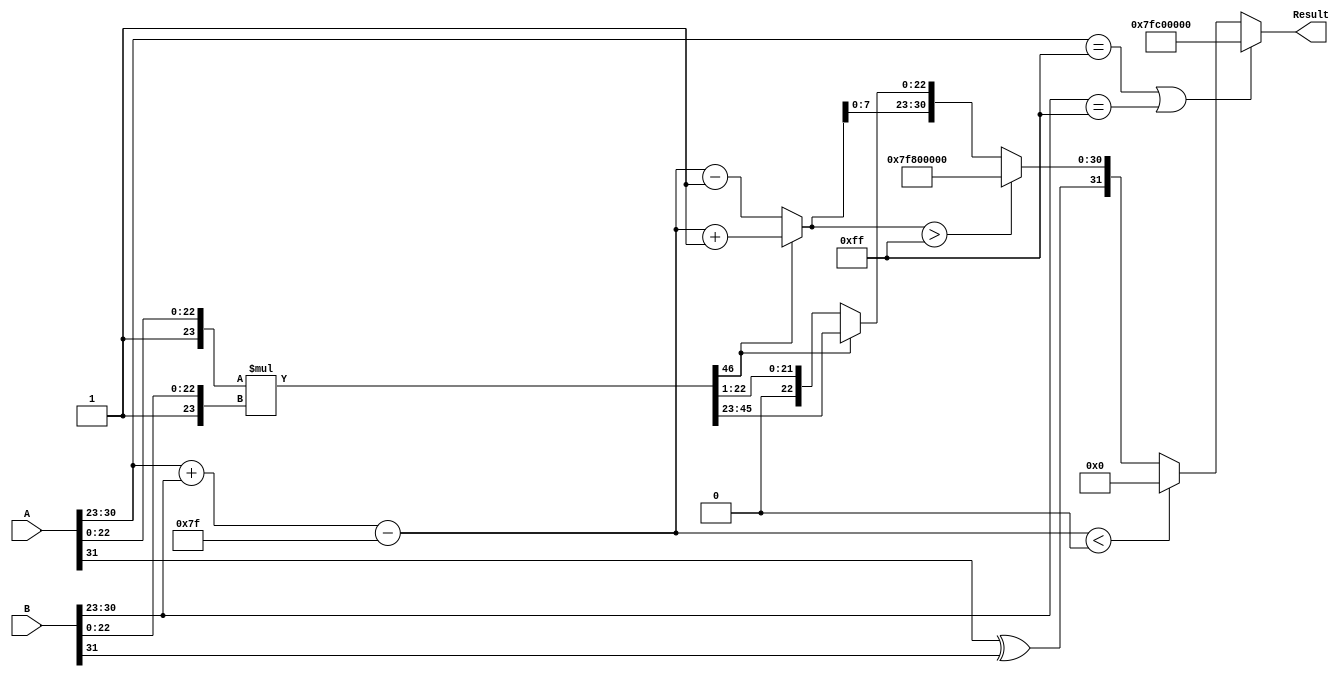
module float_mult (
    input [31:0] A, // First floating-point number
    input [31:0] B, // Second floating-point number
    output reg [31:0] Result // Resulting floating-point number
);

    // Constants
    parameter BIAS = 127;
    parameter EXPONENT_BITS = 8;
    parameter MANTISSA_BITS = 23;

    // Internal signals
    wire signA = A[31];
    wire signB = B[31];
    wire [EXPONENT_BITS-1:0] expA = A[30:23];
    wire [EXPONENT_BITS-1:0] expB = B[30:23];
    wire [MANTISSA_BITS-1:0] mantA = A[22:0];
    wire [MANTISSA_BITS-1:0] mantB = B[22:0];

    // Sign calculation
    wire result_sign = signA ^ signB;

    // Exponent calculation
    wire [EXPONENT_BITS:0] exponent_sum = {1'b0, expA} + {1'b0, expB} - BIAS;
    
    // Mantissa calculation
    wire [MANTISSA_BITS*2:0] mant_product = {1'b1, mantA} * {1'b1, mantB}; // Implicit leading 1 for normalization

    // Normalization
    reg [MANTISSA_BITS-1:0] mantissa_result;
    reg [EXPONENT_BITS:0] final_exponent;
    
    always @* begin
        // Initialize outputs
        mantissa_result = 0;
        final_exponent = 0;

        // Check for normalization
        if (mant_product[MANTISSA_BITS*2]) begin // If the product is greater than 1
            mantissa_result = mant_product[MANTISSA_BITS*2-1:MANTISSA_BITS]; // Shift right
            final_exponent = exponent_sum + 1; // Increment exponent
        end else begin
            mantissa_result = mant_product[MANTISSA_BITS-1:0]; // Use lower part
            final_exponent = exponent_sum; // Keep exponent as is
            // Perform left normalization if needed
            final_exponent = final_exponent - 1; // Decrement for left normalization
            mantissa_result = mantissa_result >> 1; // Shift left
        end

        // Handle special cases (zero, infinity, NaN)
        if ((expA == 8'b11111111) || (expB == 8'b11111111)) begin // Check for NaN or Infinity
            // Result is NaN if either input is NaN
            Result = 32'h7FC00000; // Representing NaN
        end else if (exponent_sum < 0) begin // Underflow
            Result = 32'b0; // Result is zero
        end else if (final_exponent > 255) begin // Overflow
            Result = {result_sign, 8'b11111111, 23'b0}; // Result is infinity
        end else begin
            // Assemble result
            Result = {result_sign, final_exponent[EXPONENT_BITS-1:0], mantissa_result[MANTISSA_BITS-1:0]};
        end
    end

endmodule